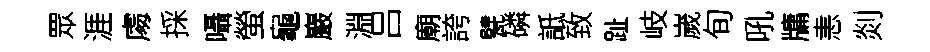
眾涯䖏採囁螢龜巖淵吕廟誇甓磷詆致趾岐嵗旬吼牗恚剡